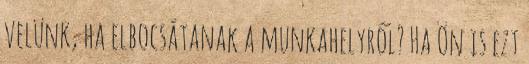
velünk, ha elbocsátanak a munkahelyről? Ha Ön is ezt